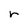
Character: r